Leaving Certificate Examination (including Day School Certificate (Higher) General paper), 1932
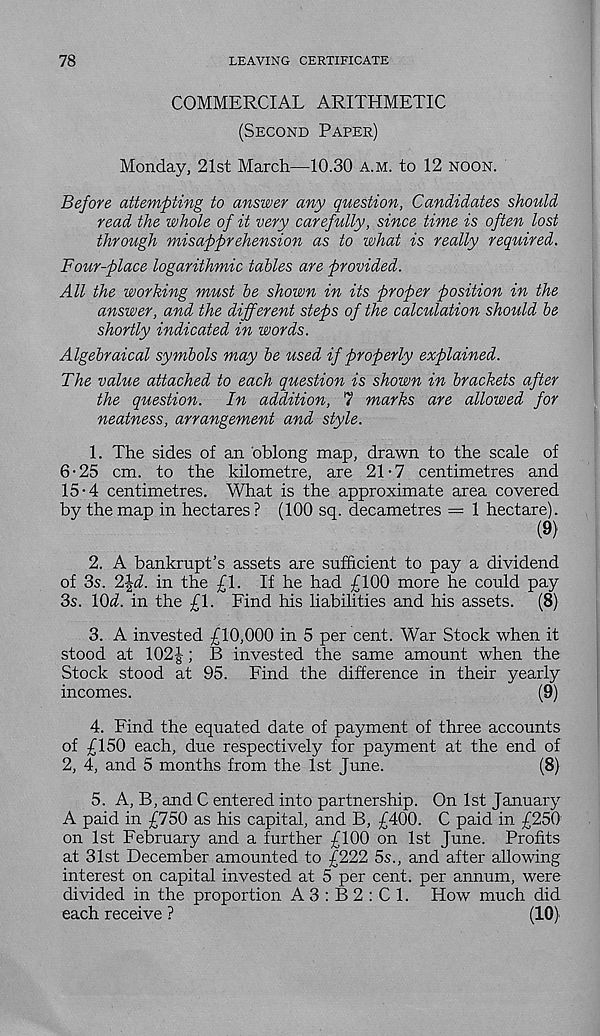
78
LEAVING CERTIFICATE
COMMERCIAL ARITHMETIC
(Second Paper)
Monday, 21st March—10.30 a.m. to 12 noon.
Before attempting to answer any question, Candidates should
read the whole of it very carefully, since time is often lost
through misapprehension as to what is really required.
Four-place logarithmic tables are provided.
All the working must be shown in its proper position in the
answer, and the different steps of the calculation should be
shortly indicated in words.
Algebraical symbols may be used if properly explained.
The value attached to each question is shown in brackets after
the question.
In addition, 7 marks are allowed for
neatness, arrangement and style.
1. The sides of an oblong map, drawn to the scale of
6-25 cm. to the kilometre, are 21-7 centimetres and
15-4 centimetres. What is the approximate area covered
by the map in hectares ? (100 sq. decametres = 1 hectare).
2. A bankrupt’s assets are sufficient to pay a dividend
of 3s. 2|^. in the £1. If he had £100 more he could pay
3s. \0d. in the £1. Find his liabilities and his assets.
(8)
3. A invested £10,000 in 5 per cent. War Stock when it
stood at 102|; B invested the same amount when the
Stock stood at 95. Find the difference in their yearly
incomes.
(9)
4. Find the equated date of payment of three accounts
of £150 each, due respectively for payment at the end of
2, 4, and 5 months from the 1st June.
(8)
5. A, B, and C entered into partnership. On 1st January
A paid in £750 as his capital, and B, £400. C paid in £250
on 1st February and a further £100 on 1st June. Profits
at 31st December amounted to £222 5s., and after allowing
interest on capital invested at 5 per cent, per annum, were
divided in the proportion A 3 : B 2 : C 1. How much did
each receive ?
(10)